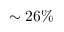
\sim 2 6 \%